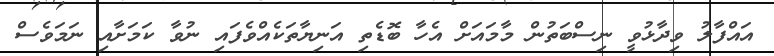
އައްފާލު ވިދާޅުވީ ނިސްބަތުން މާމައަށް އެހާ ބޮޑެތި އަނިޔާތަކެއްވެފައި ނުވާ ކަމަށާއި ނަމަވެސް